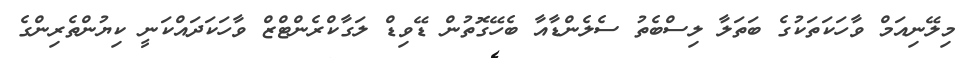
މިލޭނިއަމް ވާހަކަތަކުގެ ބަތަލާ ލިސްބެތު ސެލެންޑާއާ ބެހޭގޮތުން ޑޭވިޑް ލަގާކްރެންޓްޒް ވާހަކަދައްކަނީ ކިޔުންތެރިންގެ